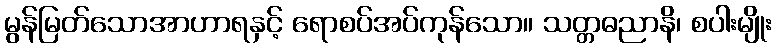
မွန်မြတ်သောအာဟာရနှင့် ရောစပ်အပ်ကုန်သော။ သတ္တဓညာနိ၊ စပါးမျိုး